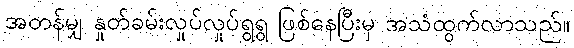
အတန်မျှ နှုတ်ခမ်းလှုပ်လှုပ်ရွရွ ဖြစ်နေပြီးမှ အသံထွက်လာသည်။